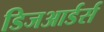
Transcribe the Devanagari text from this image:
डिजआर्डर्स